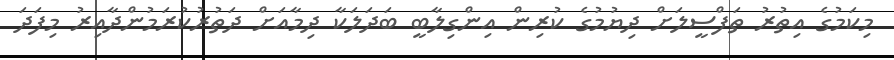
މިކަމުގެ އިތުރު ތަފްސީލަށް ދިޔުމުގެ ކުރިން އިންގިލާބީ ބަދަލަކާ ދިމާއަށް ދަތުރުކުރަމުންދާއިރު މިފަދަ